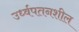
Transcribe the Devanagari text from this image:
उर्ध्वपतनशील